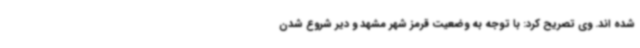
شده اند. وی تصریح کرد: با توجه به وضعیت قرمز شهر مشهد و دیر شروع شدن